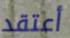
أعتقد